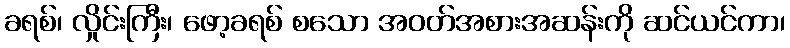
ခရစ်၊ လှိုင်းကြီး၊ ဖော့ခရစ် စသော အဝတ်အစားအဆန်းကို ဆင်ယင်ကာ၊